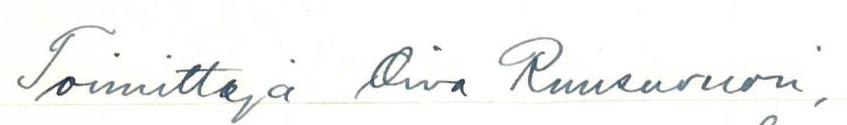
Toimittaja Oiva Ruusuvuori,